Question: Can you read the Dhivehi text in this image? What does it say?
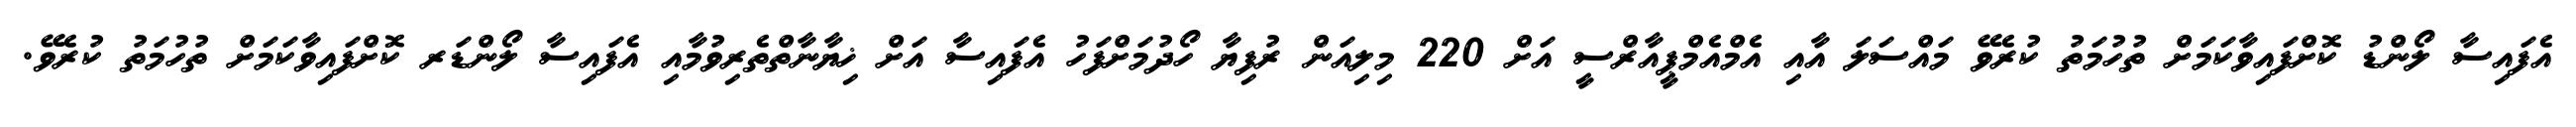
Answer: އެފައިސާ ލޯންޑު ކޮށްފައިވާކަމަށް ތުހުމަތު ކުރެވޭ މައްސަލަ އާއި އެމްއެމްޕީއާރްސީ އަށް 220 މިލިއަން ރުފިޔާ ހޯދުމަށްފަހު އެފައިސާ އަށް ޚިޔާނާތްތެރިވުމާއި އެފައިސާ ލޯންޑަރ ކޮށްފައިވާކަމަށް ތުހުމަތު ކުރެވޭ.